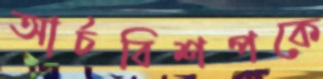
আর্চবিশপকে